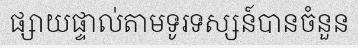
ផ្សាយផ្ទាល់តាមទូរទស្សន៍បានចំនួន